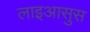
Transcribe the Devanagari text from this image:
लाइआसुस